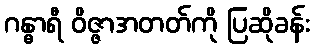
ဂန္ဓာရီ ဝိဇ္ဇာအတတ်ကို ပြဆိုခန်း